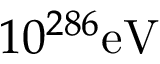
1 0 ^ { 2 8 6 } \mathrm { e V }